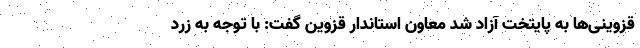
قزوینی‌ها به پایتخت آزاد شد معاون استاندار قزوین گفت: با توجه به زرد